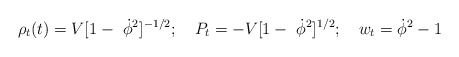
\begin{align*}\rho_t(t) = V[1-\ \dot\phi^2]^{-1/2}; \quad P_t =-V[1-\ \dot\phi^2]^{1/2} ; \quad w_t =\dot\phi^2-1 \end{align*}